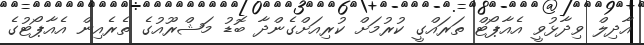
އާދިލް ވިދާޅުވީ އެއާޕޯޓް ތަރައްގީ ކުރުމަށް ކުރިއަށްގެންދާ ބޮޑު މަޝްރޫއުގެ ތެރެއިން އެއާޕޯޓުގެ